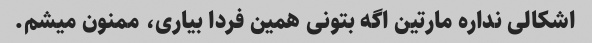
اشکالی نداره مارتین اگه بتونی همین فردا بیاری، ممنون میشم.